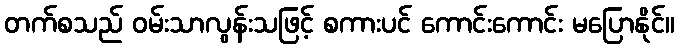
တက်စသည် ဝမ်းသာလွန်းသဖြင့် စကားပင် ကောင်းကောင်း မပြောနိုင်။